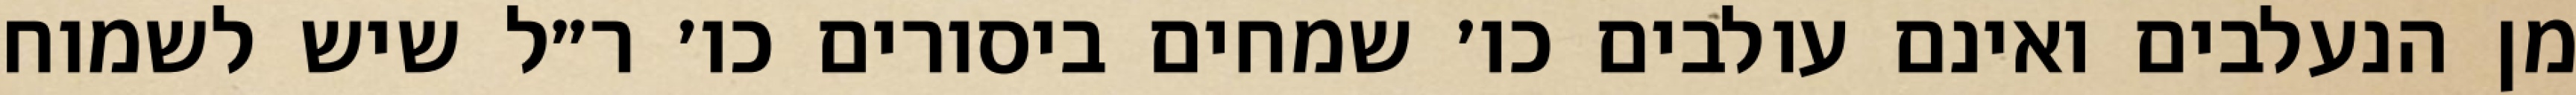
מן הנעלבים ואינם עולבים כו׳ שמחים ביסורים כו׳ ר״ל שיש לשמוח